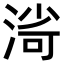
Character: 𣸌